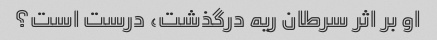
او بر اثر سرطان ریه درگذشت، درست است؟